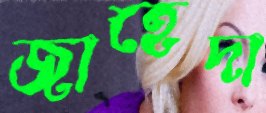
জাহেদা